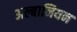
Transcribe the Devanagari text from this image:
अल्बानियन